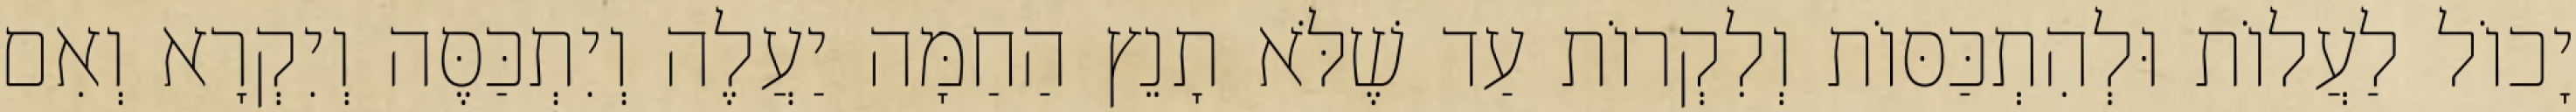
יָכוֹל לַעֲלוֹת וּלְהִתְכַּסּוֹת וְלִקְרוֹת עַד שֶׁלֹּא תָנֵץ הַחַמָּה יַעֲלֶה וְיִתְכַּסֶּה וְיִקְרָא וְאִם